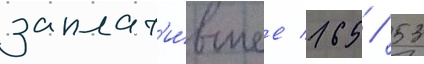
заплат'и́вшее 165 / 53